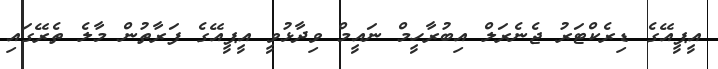
އީޕީއޭގެ ޑިރެކްޓަރު ޖެނެރަލް އިބުރާހީމް ނައީމް ވިދާޅުވީ އީޕީއޭގެ ފަރާތުން މާލެ ތެރޭގައި